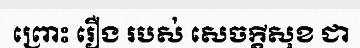
ព្រោះ រឿង របស់ សេចក្តីសុខ ជា